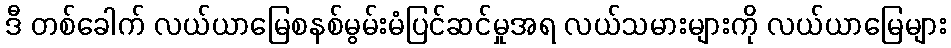
ဒီ တစ်ခေါက် လယ်ယာမြေစနစ်မွမ်းမံပြင်ဆင်မှုအရ လယ်သမားများကို လယ်ယာမြေများ